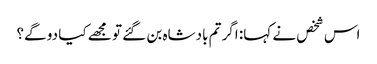
اس شخص نے کہا: اگر تم بادشاہ بن گئے تو مجھے کیا دو گے؟